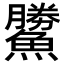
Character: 𩻷